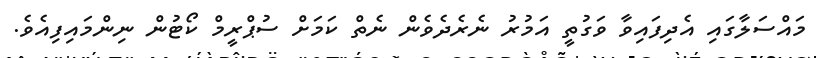
މައްސަލާގައި އެދިފައިވާ ވަގުތީ އަމުރު ނެރެދެވެން ނެތް ކަމަށް ސުޕްރީމް ކޯޓުން ނިންމައިފިއެވެ.